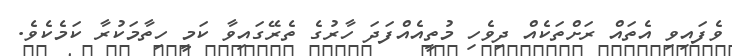
ވެފައިވި އެތައް ރަށްތަކެއް ދިވެހި މުތީއެއްފަދަ ހާރުގެ ތެރޭގައިވާ ކަމީ ހިތާމަކުރާ ކަމެކެވެ.